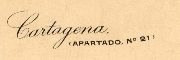
Cartagena, (APARTADO, NO Q1)